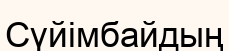
Сүйімбайдың